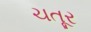
ચતૂર